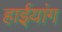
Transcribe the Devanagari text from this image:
हाईयांग